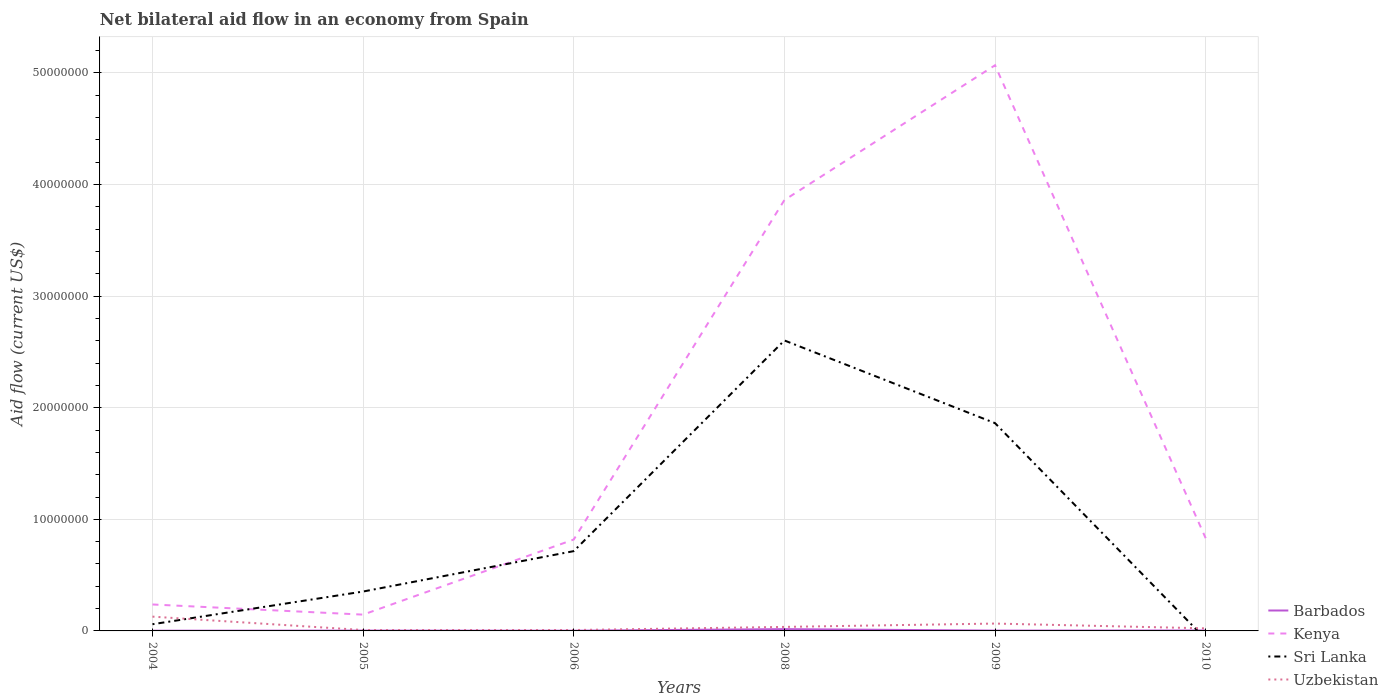
| Years | Barbados | Kenya | Sri Lanka | Uzbekistan |
 | --- | --- | --- | --- | --- |
 | 2004 | 2e+04 | 2.37e+06 | 6e+05 | 1.28e+06 |
 | 2005 | 3e+04 | 1.46e+06 | 3.53e+06 | 8e+04 |
 | 2006 | 2e+04 | 8.19e+06 | 7.15e+06 | 8e+04 |
 | 2008 | 1.6e+05 | 3.86e+07 | 2.6e+07 | 3.6e+05 |
 | 2009 | 3e+04 | 5.07e+07 | 1.86e+07 | 6.6e+05 |
 | 2010 | 4e+04 | 8.31e+06 | -7.3e+05 | 2.3e+05 |